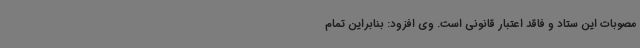
مصوبات این ستاد و فاقد اعتبار قانونی است. وی افزود: بنابراین تمام